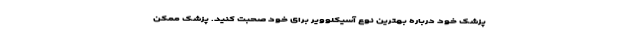
پزشک خود درباره بهترین نوع آسیکلوویر برای خود صحبت کنید. پزشک ممکن